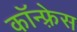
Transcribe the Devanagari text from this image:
कॉन्फ़्रेस